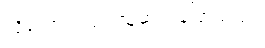
သို့သော်လည်း သူဆက်ပြောသည်။